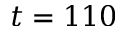
t = 1 1 0